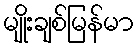
မျိုးချစ်မြန်မာ